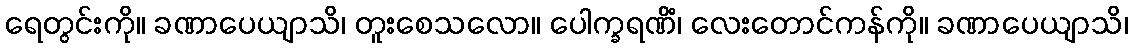
ရေတွင်းကို။ ခဏာပေယျာသိ၊ တူးစေသလော။ ပေါက္ခရဏိံ၊ လေးတောင်ကန်ကို။ ခဏာပေယျာသိ၊